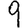
Digit: 9